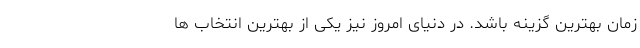
زمان بهترین گزینه باشد. در دنیای امروز نیز یکی از بهترین انتخاب ها